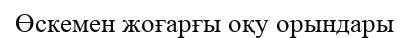
Өскемен жоғарғы оқу орындары